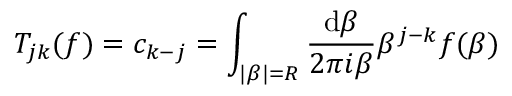
T _ { j k } ( f ) = c _ { k - j } = \int _ { | \beta | = R } \frac { \mathrm { d } \beta } { 2 \pi i \beta } \beta ^ { j - k } f ( \beta )